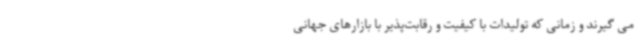
می گیرند و زمانی که تولیدات با کیفیت و رقابت‌پذیر با بازارهای جهانی